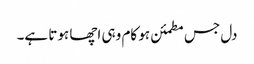
دل جس مطمئن ہو کام وہی اچھا ہوتا ہے۔